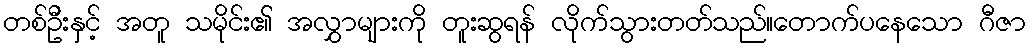
တစ်ဦးနှင့် အတူ သမိုင်း၏ အလွှာများကို တူးဆွရန် လိုက်သွားတတ်သည်။တောက်ပနေသော ဂီဇာ